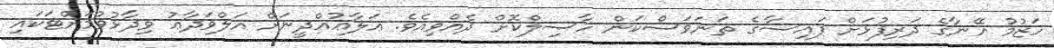
ހަޒުމު އޭނާގެ ދަރިފުޅަށް ފައިސާގެ ތަނަވަސްކަން ހާޞިލްކޮށް ދެއްވިއެވެ. ޢަލާޢުއްދީނަށް އަލްވަދާޢު ވިދާޅުވުމަށްޓަކައި